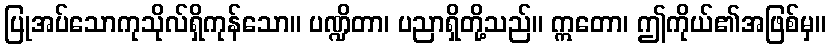
ပြုအပ်သောကုသိုလ်ရှိကုန်သော။ ပဏ္ဍိတာ၊ ပညာရှိတို့သည်။ ဣတော၊ ဤကိုယ်၏အဖြစ်မှ။